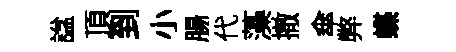
諡頂到小腸代藻撤傘弊蝶